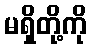
မရှိတို့ကို